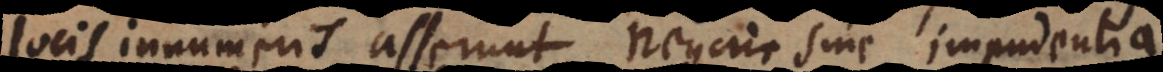
locis innumeris asserunt negari sine impudentia